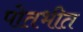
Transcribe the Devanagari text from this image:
पोतभीत